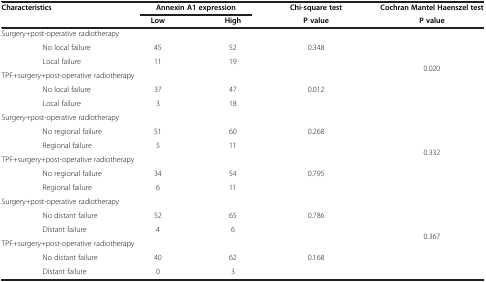
<table><thead><tr><td rowspan="2" colspan="2"><b>Characteristics</b></td><td colspan="2"><b>Annexin A1 expression</b></td><td><b>Chi-square test</b></td><td><b>Cochran Mantel Haenszel test</b></td></tr><tr><td><b>Low</b></td><td><b>High</b></td><td><b>P value</b></td><td><b>P value</b></td></tr></thead><tbody><tr><td colspan="4">Surgery+post-operative radiotherapy</td><td> </td><td rowspan="6">0.020</td></tr><tr><td> </td><td>No local failure</td><td>45</td><td>52</td><td rowspan="2">0.348</td></tr><tr><td> </td><td>Local failure</td><td>11</td><td>19</td></tr><tr><td colspan="4">TPF+surgery+post-operative radiotherapy</td><td> </td></tr><tr><td> </td><td>No local failure</td><td>37</td><td>47</td><td rowspan="2">0.012</td></tr><tr><td> </td><td>Local failure</td><td>3</td><td>18</td></tr><tr><td colspan="4">Surgery+post-operative radiotherapy</td><td> </td><td rowspan="6">0.332</td></tr><tr><td> </td><td>No regional failure</td><td>51</td><td>60</td><td rowspan="2">0.268</td></tr><tr><td> </td><td>Regional failure</td><td>5</td><td>11</td></tr><tr><td colspan="4">TPF+surgery+post-operative radiotherapy</td><td> </td></tr><tr><td> </td><td>No regional failure</td><td>34</td><td>54</td><td rowspan="2">0.795</td></tr><tr><td> </td><td>Regional failure</td><td>6</td><td>11</td></tr><tr><td colspan="4">Surgery+post-operative radiotherapy</td><td> </td><td rowspan="6">0.367</td></tr><tr><td> </td><td>No distant failure</td><td>52</td><td>65</td><td rowspan="2">0.786</td></tr><tr><td> </td><td>Distant failure</td><td>4</td><td>6</td></tr><tr><td colspan="5">TPF+surgery+post-operative radiotherapy</td></tr><tr><td> </td><td>No distant failure</td><td>40</td><td>62</td><td rowspan="2">0.168</td></tr><tr><td> </td><td>Distant failure</td><td>0</td><td>3</td></tr></tbody></table>